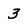
Character: 3